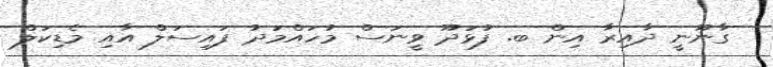
ގާނޫނީ ދާއިރާ އިން ބ. ފުޅަދޫ ވީނަސް މުހައްމަދު ފައިސަލް އާއި މެޑިކަލް